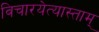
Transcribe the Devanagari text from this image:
विचारयेत्यास्ताम्